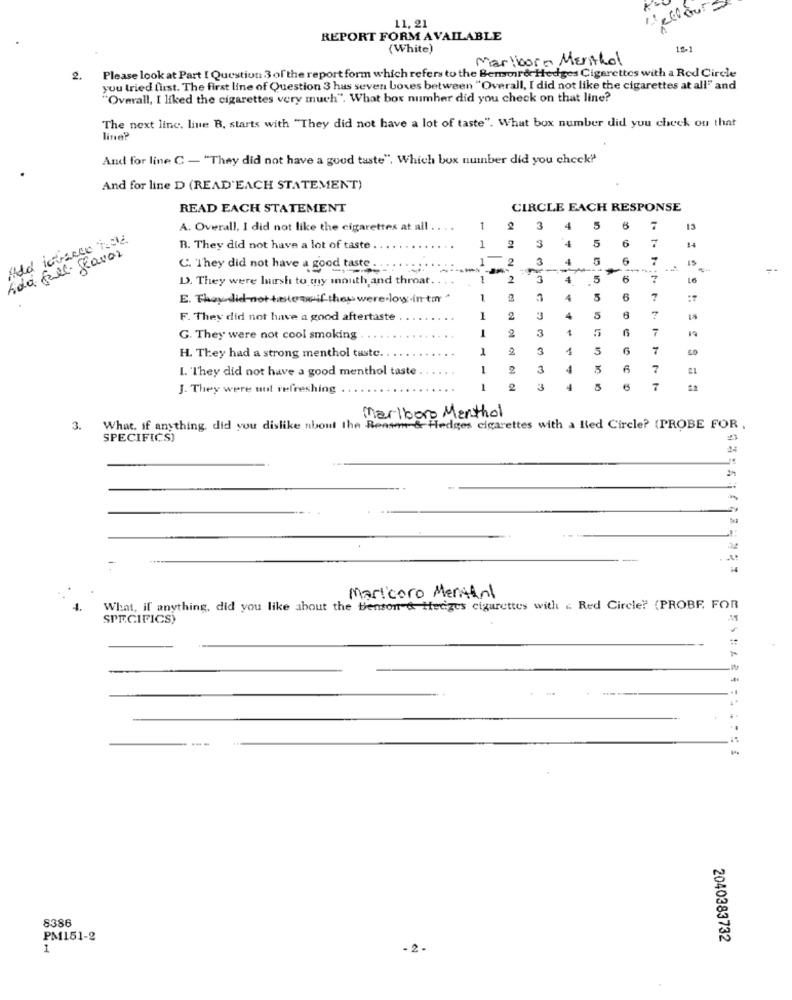
11, 21
REPORT FORM AVAILABLE
(White)
18-1
Marlboro Menthol
. Please look at Part [ Question 3 of the report form which refers to the Bemsoir&Hedges Cigarettes with a Red Circle
you tried lust. The first line of Question 3 has seven boxes between "Overall, I did not like the cigarettes at all" and
"Overall, I liked the cigarettes very much". What box numher did you check on that line?
The next line. line B, starts with "They did not have a lot of taste". What box number did you check ou that
line?
And for line C - "They did not have a good taste", Which box number did you check?'
And for line D (READ'EACH STATEMENT)
READ EACH STATEMENT
CIRCLE EACH RESPONSE
A. Overall, I did not like the cigarettes at all
1
2
3
4
5
Add ictracce how
3
4
5
6
R. They did not have a lot of taste
1
2
14
Ada fall flavor
3
4
6
7
IS
C. They did not have a good taste ..
2
D. They were laursh to my mouth, and throat .. ..
1
2
3
4
5
6
7
E. They did not tatoow-if they were low-in tm
1
4
5
6
7
F. They did not have a good aftertaste
1
3
4
5
7
2
3
1
7
G. They were not cool smoking
1
2
3
1
5
6
7
H. They had a strong menthol taste.
I. They did not have a good menthol taste
0
3
4
5
7
J. They were not refreshing
3
4
7
Marlboro Menthol
What. if anything, did you dislike about the Reason & Hedges cigarettes with a Red Circle? (PROBE FOR.
SPECIFICS)
32
--
Maricoro Mensen!
What, if anything, did you like about the benson & Hedges cigarettes with < Red Circle? (PROBE FOR
SPECIFICSY
-
8386
PM151-2
2040383732
- 2.